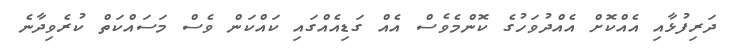
ދަރިފުޅާއި އެއްކޮށް އެއްދުވަހުގެ ކޮންމެވެސް އެއް ގަޑިއެއްގައި ކައްކަން ވެސް މަސައްކަތް ކުރެވިދާނެ